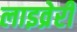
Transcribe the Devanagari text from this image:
लाइव्रेरी